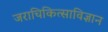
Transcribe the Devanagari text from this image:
जराचिकित्साविज्ञान